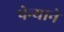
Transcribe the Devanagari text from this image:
पेन्याने